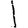
Digit: 1